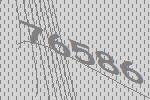
76586